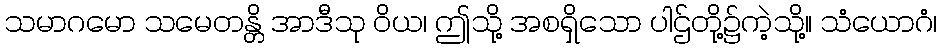
သမာဂမော သမေတန္တိ အာဒီသု ဝိယ၊ ဤသို့ အစရှိသော ပါဌ်တို့၌ကဲ့သို့။ သံယောဂံ၊